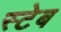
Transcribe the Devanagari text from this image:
स्टेब